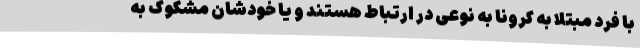
با فرد مبتلا به کرونا به نوعی در ارتباط هستند و یا خودشان مشکوک به